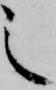
之